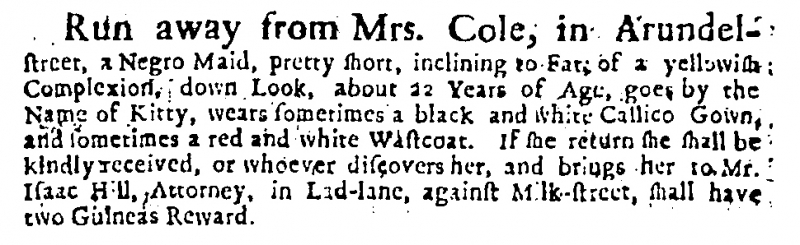
Daily Courant, 6 January 1722 (England)
Run away from Mrs. Cole, in Arundel-street, a Negro Maid, pretty short, inclining to Fat, of a yellowish Complexion, down Look, about 22 Years of Age, goes by the Name of Kitty, wears sometimes a black and white Callico Gown, and sometimes a red and white Wastcoat. If she return she shall be kindly received, or whoever discovers her, and brings her to Mr. Isaac Hill, Attorney, in Lad-lane, against Milk-street, shall have two Guineas Reward.